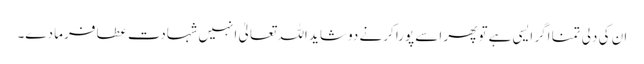
ان کی دلی تمنا اگر ایسی ہے تو پھر اسے پورا کرنے دو شاید اللہ تعالیٰ انہیں شہادت عطا فرما دے۔